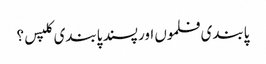
پابندی فلموں اور پسند پابندی کلپس؟